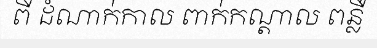
ពី ដំណាក់កាល ពាក់កណ្តាល ពន្លឺ